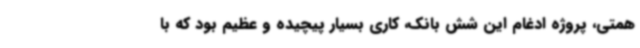
همتی، پروژه ادغام این شش بانک، کاری بسیار پیچیده و عظیم بود که با